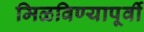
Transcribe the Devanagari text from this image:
मिळविण्यापूर्वी